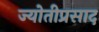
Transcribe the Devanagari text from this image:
ज्योतीप्रसाद